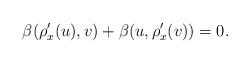
LaTeX: \begin{align*}\beta(\rho'_x(u),v)+\beta(u,\rho'_x(v))=0.\end{align*}